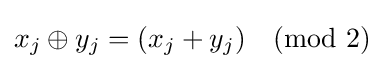
x_{j}\oplus y_{j}=(x_{j}+y_{j}){\pmod {2}}